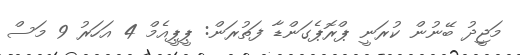
މަޖީދު ބޭނުން ކުރަނީ ޕްރޮޕެގަންޑާ ފަތުރަން: ޕީޕީއެމް 4 އަހަރު 9 މަސް